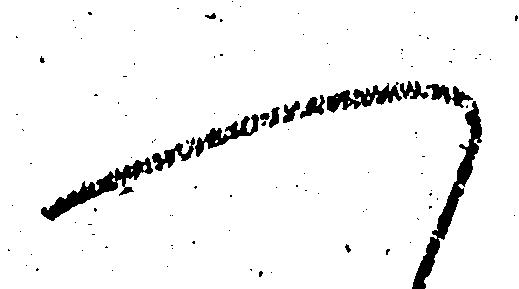
へ